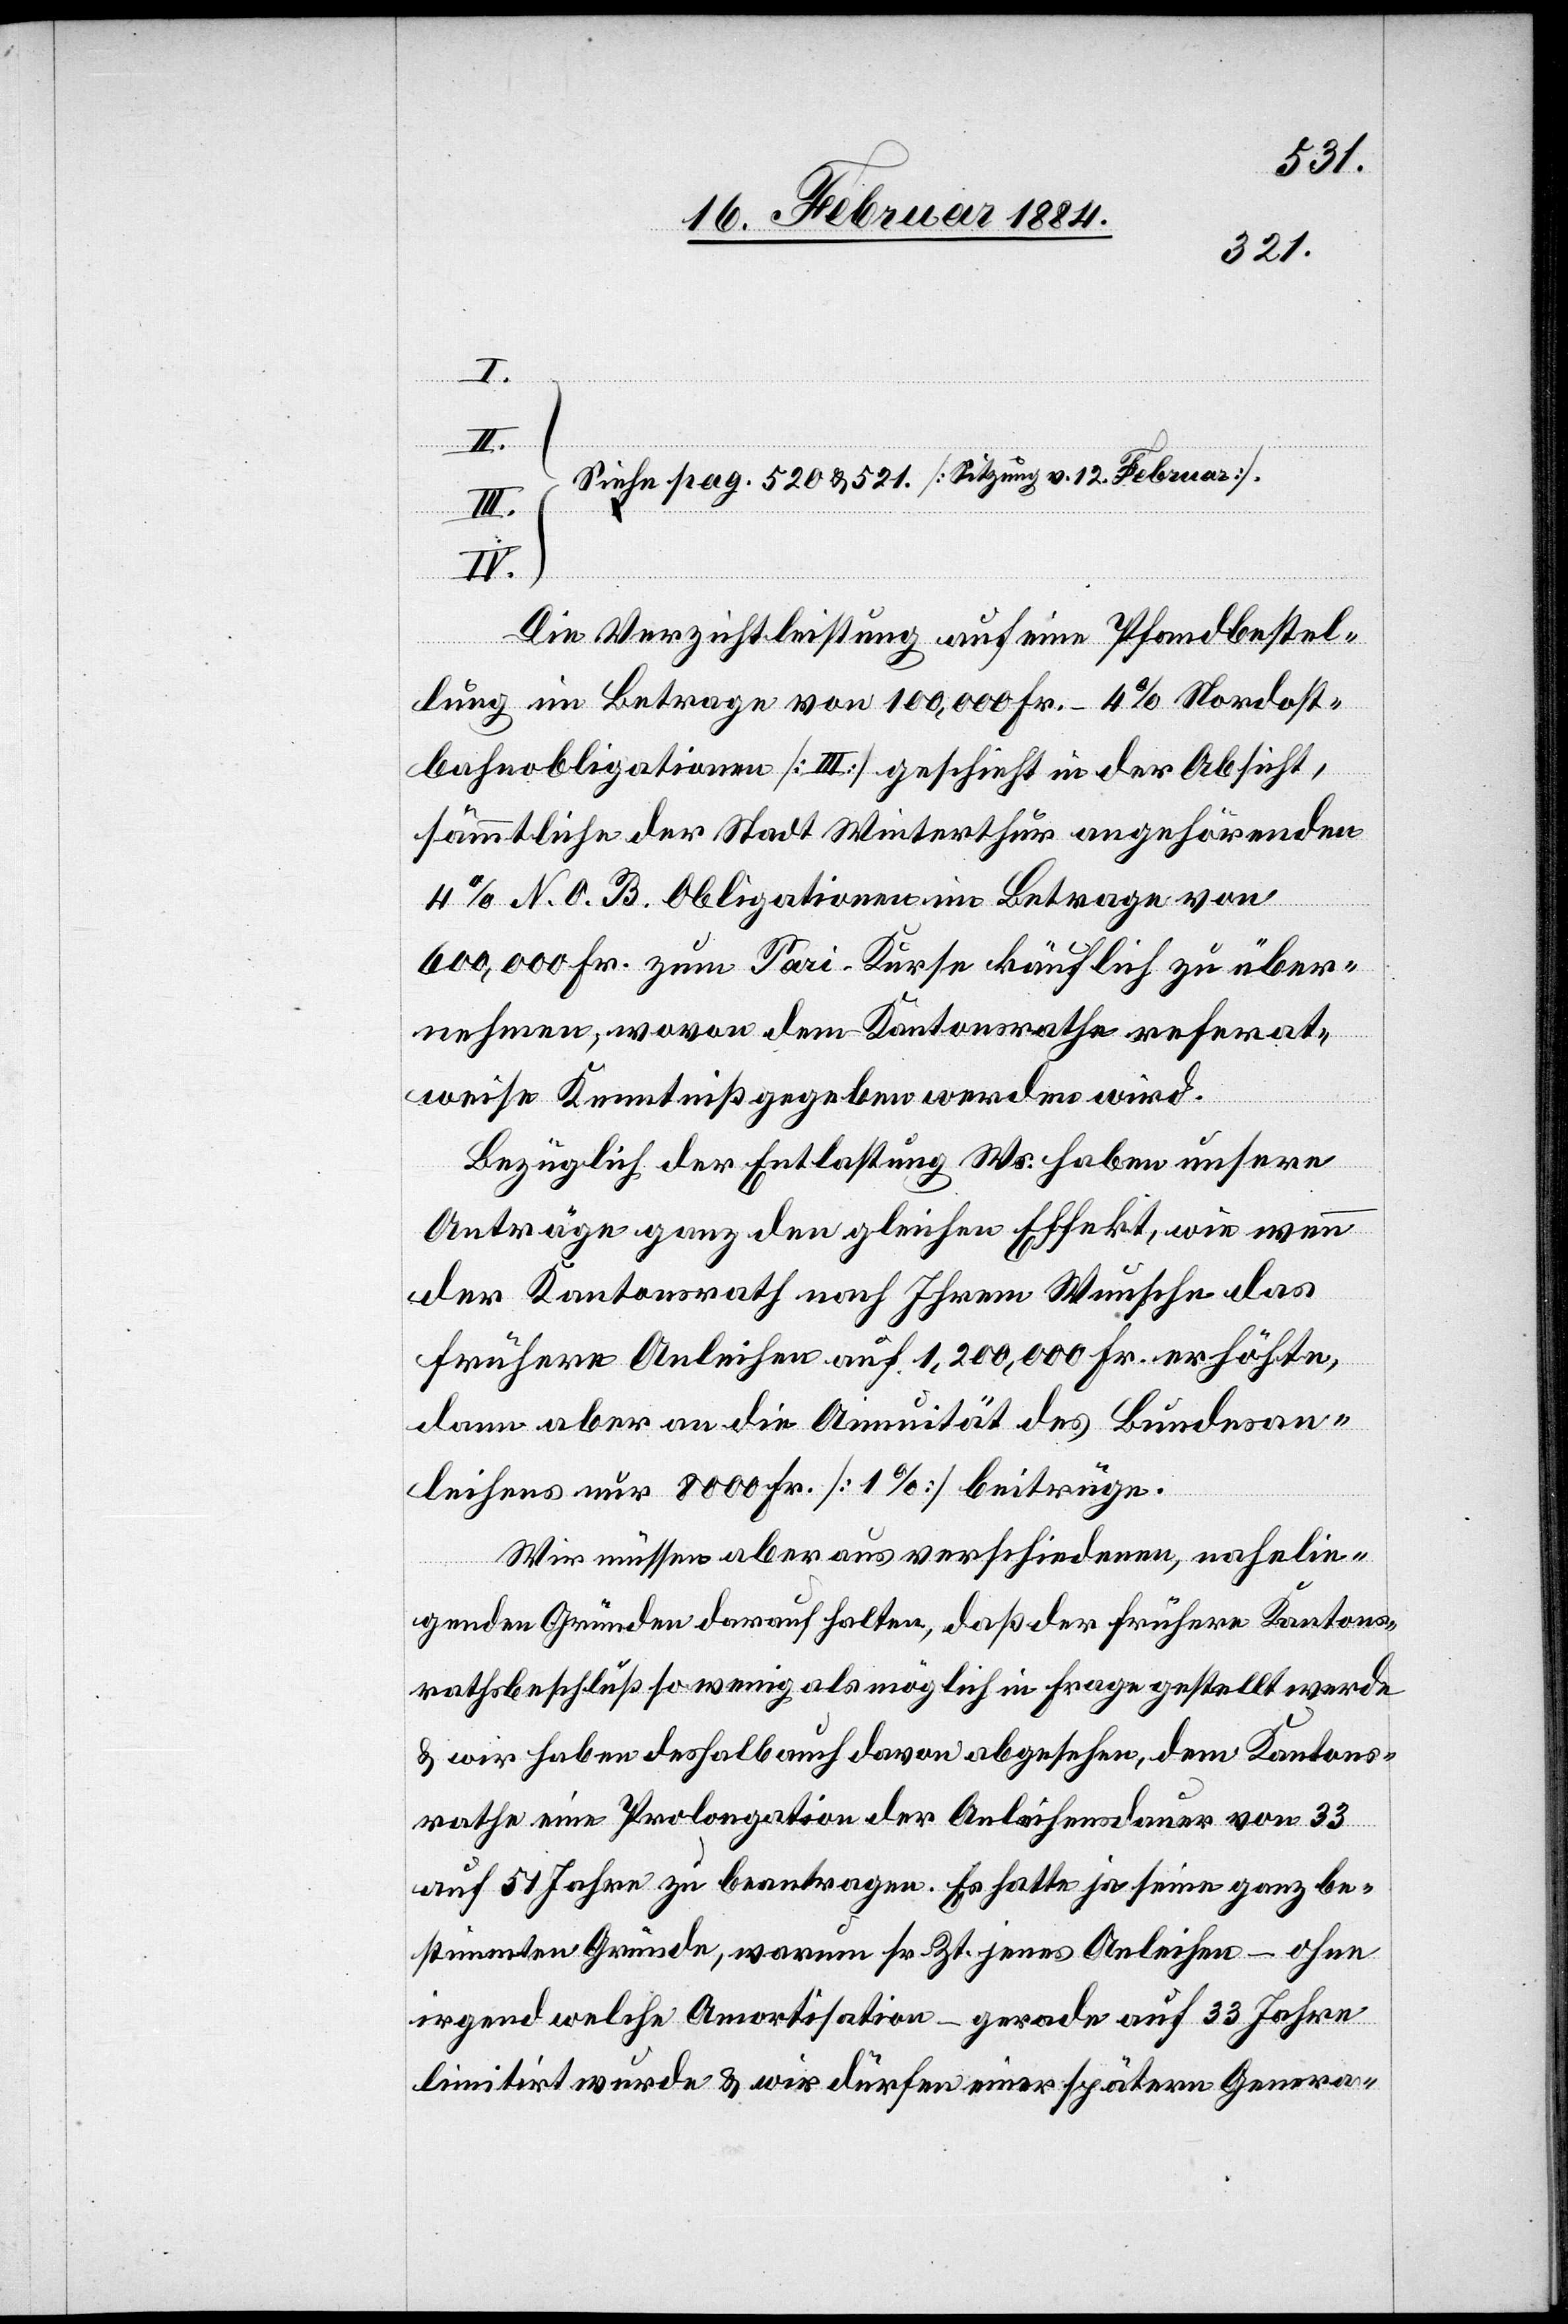
I.
Siehe pag. 520 & 521 [Sitzung v. 12. Februar].
II.
Die Verzichtleistung auf eine Pfandbestel¬
lung im Betrage von 100,000 Fr. – 4% Nordost¬
bahnobligationen [III.] geschieht in der Absicht,
sämmtliche der Stadt Winterthur angehörenden
4% N. O. B. Obligationen im Betrage von
600,000 Fr. zum Pari-Kurse käuflich zu über¬
nehmen, wovon dem Kantonsrathe referat¬
weise Kenntniß gegeben werden wird.
Bezüglich der Entlastung Wi. haben unsere
Anträge ganz den gleichen Effekt, wie wenn
der Kantonsrath nach Ihrem Wunsche das
frühere Anleihen auf 1,200,00 Fr. erhöhte,
dann aber an die Annuität des Bundesan¬
leihens nur 8000 Fr. [1%] beitrüge.
Wir müssen aber aus verschiedenen, nahelie¬
genden Gründen darauf halten, daß der frühere Kantons¬
rathsbeschluß so wenig als möglich in Frage gestellt werde
& wir haben deshalb auch davon abgesehen, dem Kantons¬
rathe eine Prolongation der Anleihensdauer von 33
auf 51 Jahre zu beantragen. Es hatte ja seine ganz be¬
stimmten Gründe, warum sr. Zt. jenes Anleihen – ohne
irgend welche Amortisation – gerade auf 33 Jahre
limitirt wurde & wir dürfen einer späteren Genera-